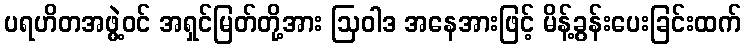
ပရဟိတအဖွဲ့ဝင် အရှင်မြတ်တို့အား ဩဝါဒ အနေအားဖြင့် မိန့်ခွန်းပေးခြင်းထက်